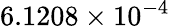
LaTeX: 6.1208\times 10^{-4}